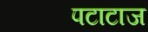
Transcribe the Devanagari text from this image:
पटाटाज